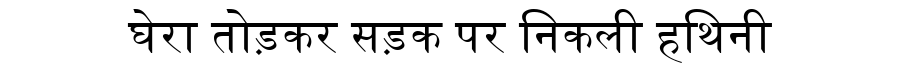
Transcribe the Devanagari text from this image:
घेरा तोड़कर सड़क पर निकली हथिनी